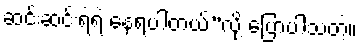
ဆင်းဆင်းရဲရဲ နေရပါတယ်”လို့ ပြောပါသတဲ့။